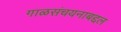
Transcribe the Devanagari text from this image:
गाळसंचयनाबद्दल